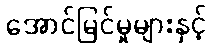
အောင်မြင်မှုများနှင့်